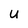
Character: u